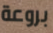
بروعة